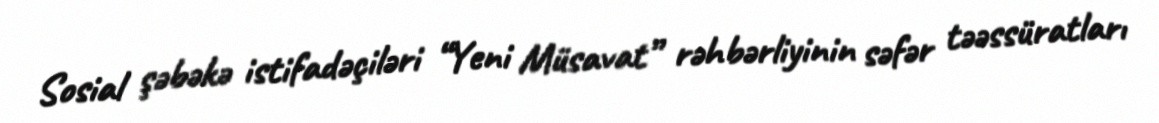
Sosial şəbəkə istifadəçiləri “Yeni Müsavat” rəhbərliyinin səfər təəssüratları